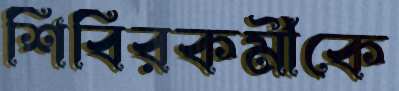
শিবিরকর্মীকে